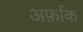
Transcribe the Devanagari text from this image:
अर्फ़ाक